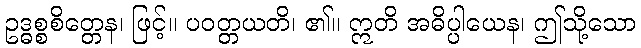
ဥဒ္ဓစ္စစိတ္တေန၊ ဖြင့်။ ပဝတ္တယတိ၊ ၏။ ဣတိ အဓိပ္ပါယေန၊ ဤသို့သော